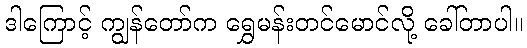
ဒါကြောင့် ကျွန်တော်က ရွှေမန်းတင်မောင်လို့ ခေါ်တာပါ။